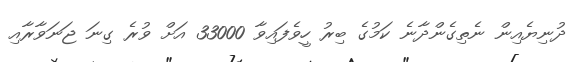
ދުނިޔެއިން ނެތިގެންދާނެ ކަމުގެ ބިރު ހީވެފައިވާ 33000 އަށް ވުރެ ގިނަ ޖަނަވާރާއި